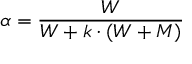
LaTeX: \alpha = { \frac { W } { W + k \cdot ( W + M ) } } \,